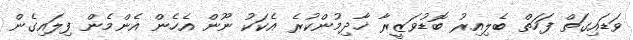
ވަޑައިގަތް ފަހަތް ބެލިއިރު ބޮޑުވަޒީރާ ޚާދިމުންކުރެ އެކަކު ނޫން އެހެން އެންމެން ފިލައިގެން